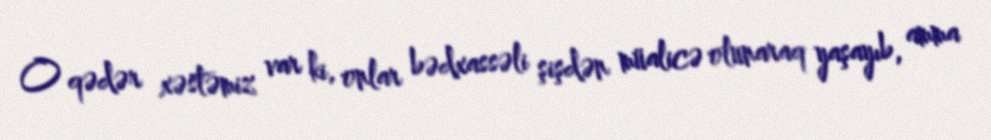
O qədər xəstəmiz var ki, onlar bədxassəli şişdən müalicə olunaraq yaşayıb, amma